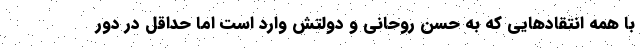
با همه انتقادهایی که به حسن روحانی و دولتش وارد است اما حداقل در دور